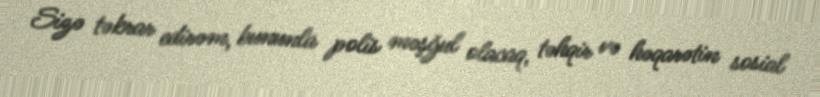
Sizə təkrar edirəm, bununla polis məşğul olacaq, təhqir və həqarətin sosial